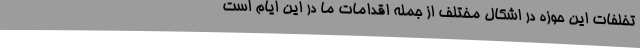
تخلفات این حوزه در اشکال مختلف از جمله اقدامات ما در این ایام است